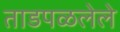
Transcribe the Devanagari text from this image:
ताडपळलेले